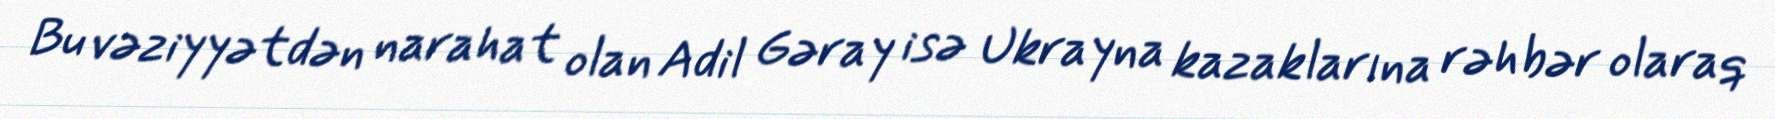
Bu vəziyyətdən narahat olan Adil Gəray isə Ukrayna kazaklarına rəhbər olaraq